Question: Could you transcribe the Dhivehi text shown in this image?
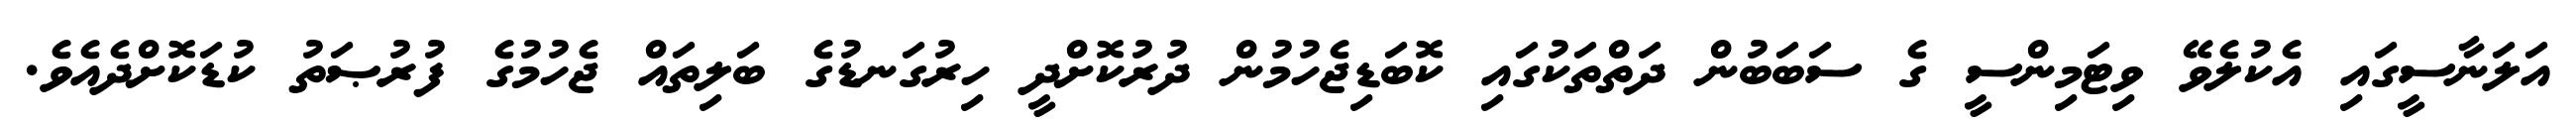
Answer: އަލަނާސީގައި އެކުލެވޭ ވިޓަމިންސީ ގެ ސަބަބުން ދަތްތަކުގައި ކޮބަޑިޖެހުމުން ދުރުކޮށްދީ ހިރުގަނޑުގެ ބަލިތައް ޖެހުމުގެ ފުރުޞަތު ކުޑަކޮށްދެއެވެ.